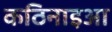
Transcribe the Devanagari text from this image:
कठिनाइआ